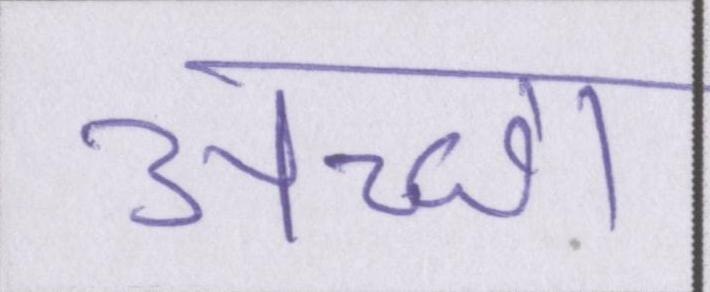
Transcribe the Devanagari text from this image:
अच्छा